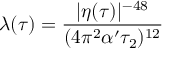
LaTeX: \lambda ( \tau ) = { \frac { | \eta ( \tau ) | ^ { - 4 8 } } { ( 4 \pi ^ { 2 } \alpha ^ { \prime } \tau _ { 2 } ) ^ { 1 2 } } }